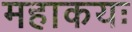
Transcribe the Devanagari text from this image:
महाकयः